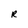
Character: R